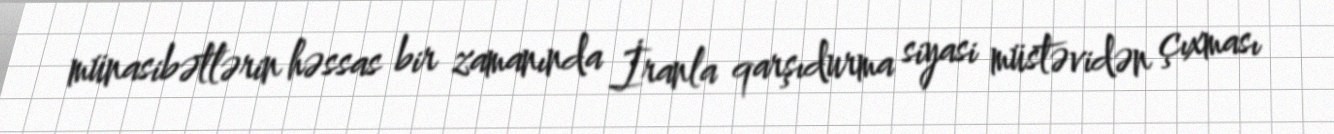
münasibətlərin həssas bir zamanında İranla qarşıdurma siyasi müstəvidən çıxması